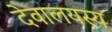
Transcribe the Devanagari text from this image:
देवालयस्य